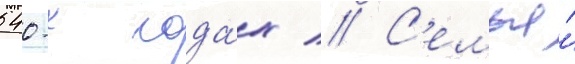
540-х года́х // С'емья́